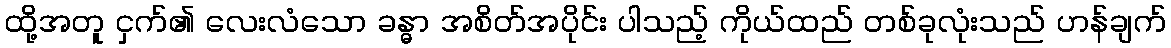
ထို့အတူ ငှက်၏ လေးလံသော ခန္ဓာ အစိတ်အပိုင်း ပါသည့် ကိုယ်ထည် တစ်ခုလုံးသည် ဟန်ချက်